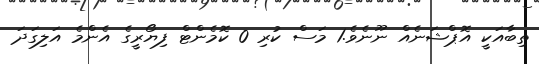
ތިބާއަކީ އޮޕްޝަނެއް ނޫނެވެ.1 މަސް ކުރި 0 ކޮމެންޓް ފިޔޯރީގެ އެންމެ އަލިގަދަ